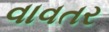
વાવતર